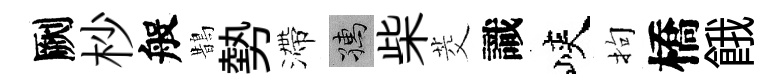
劂杪般鵲勢滯孺柴茭識峽拘橋餓